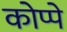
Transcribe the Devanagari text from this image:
कोप्पे